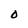
Character: O